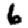
Digit: 6